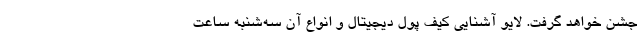
جشن خواهد گرفت. لایو آشنایی کیف پول دیجیتال و انواع آن سه‌شنبه ساعت